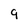
Character: 9